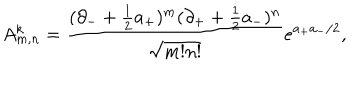
A _ { m , n } ^ { k } = \frac { ( \partial _ { - } + \frac { 1 } { 2 } a _ { + } ) ^ { m } ( \partial _ { + } + \frac { 1 } { 2 } a _ { - } ) ^ { n } } { \sqrt { m ! n ! } } e ^ { a _ { + } a _ { - } / 2 } ,